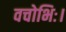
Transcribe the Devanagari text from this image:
वचोभिः।